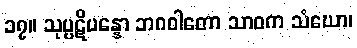
၁၇။ သုပ္ပဋိပန္နော ဘဂဝါတော သာဝက သံဃော၊